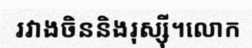
រវាងចិននិងរុស្ស៊ី។លោក